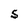
Character: S